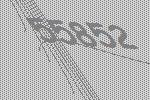
55852